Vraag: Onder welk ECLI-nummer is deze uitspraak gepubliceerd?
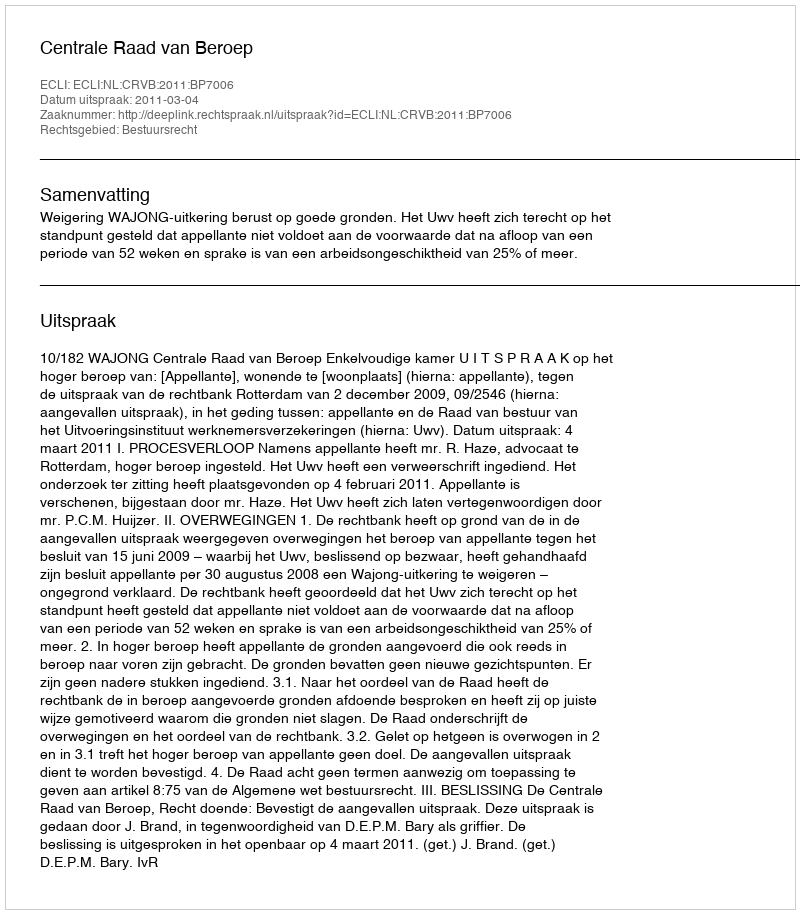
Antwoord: ECLI:NL:CRVB:2011:BP7006